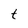
Character: t